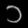
Digit: ၁